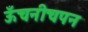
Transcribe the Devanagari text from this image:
ऊँचनीचपन